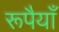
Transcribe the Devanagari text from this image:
रूपैयाँ